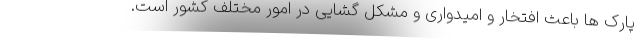
پارک ها باعث افتخار و امیدواری و مشکل گشایی در امور مختلف کشور است.